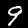
Digit: 9